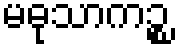
မဓုသာကဉ္စ